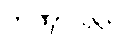
တဏှာသုတ်